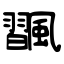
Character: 飁